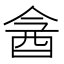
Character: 酓